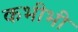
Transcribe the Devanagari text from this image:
कभीभी